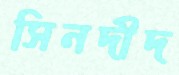
সিনদীদ